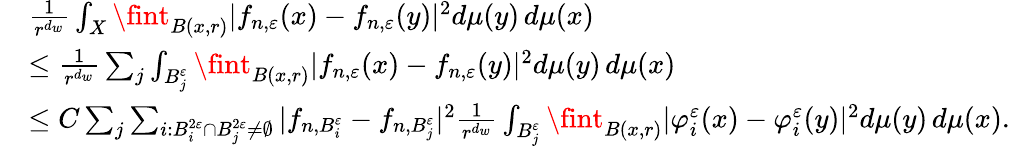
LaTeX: \begin{array}{rl}&{\frac{1}{r^{d_{w}}}\int_{X}\fint_{B(x,r)}|f_{n,\varepsilon}(x)-f_{n,\varepsilon}(y)|^{2}d\mu(y)\, d\mu(x)}\\ &{\leq\frac{1}{r^{d_{w}}}\sum_{j}\int_{B_{j}^{\varepsilon}}\fint_{B(x,r)}|f_{n,\varepsilon}(x)-f_{n,\varepsilon}(y)|^{2}d\mu(y)\, d\mu(x)}\\ &{\leq C\sum_{j}\sum_{i\colon B_{i}^{2\varepsilon}\cap B_{j}^{2\varepsilon}\neq\emptyset}|f_{n,B_{i}^{\varepsilon}}-f_{n,B_{j}^{\varepsilon}}|^{2}\frac{1}{r^{d_{w}}}\int_{B_{j}^{\varepsilon}}\fint_{B(x,r)}|\varphi_{i}^{\varepsilon}(x)-\varphi_{i}^{\varepsilon}(y)|^{2}d\mu(y)\, d\mu(x).}\end{array}